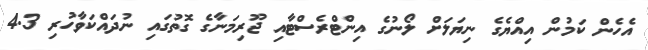
އެހެން ކަމުން އިއްޔެގެ ނިޔަލަށް ލޯނުގެ އިންޓްރެސްޓާއި ޖޫރިމަނާގެ ގޮތުގައި ނުދައްކަވާހުރި 4.3